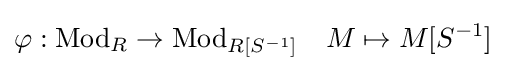
\varphi :{\text{Mod}}_{R}\to {\text{Mod}}_{R[S^{-1}]}\quad M\mapsto M[S^{-1}]